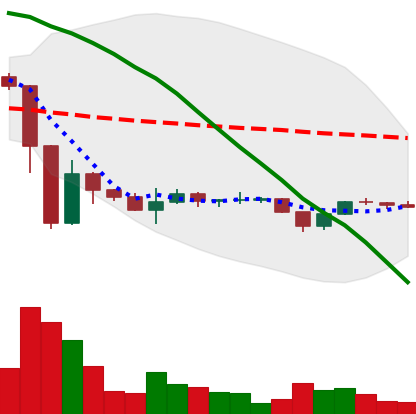
Ticker: BTC-USD
Chart end date: 2022-11-26
Forward return: 3.054%
Label: up_3_5